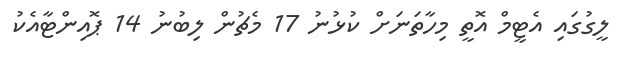
ލީގުގައި އެޓީމް އޮތީ މިހާތަނަށް ކުޅުނު 17 މެޗުން ލިބުނު 14 ޕޮއިންޓާއެކު